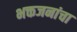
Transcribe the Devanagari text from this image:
भक्तजनांचा